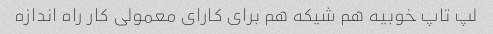
لپ تاپ خوبیه هم شیکه هم برای کارای معمولی کار راه اندازه